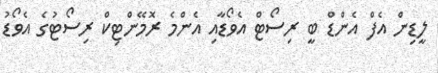
ލީޑިން އެފް އެންޑް ބީ ރިސޯޓް އެވޯޑާއި އެންމެ ރޮމޭންޓިކް ރިސޯޓުގެ އެވޯޑު